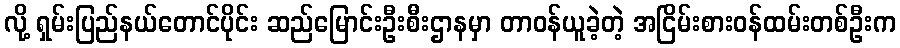
လို့ ရှမ်းပြည်နယ်တောင်ပိုင်း ဆည်မြောင်းဦးစီးဌာနမှာ တာဝန်ယူခဲ့တဲ့ အငြိမ်းစားဝန်ထမ်းတစ်ဦးက